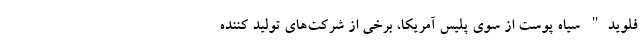
فلویدِ" سیاه پوست از سوی پلیس آمریکا، برخی از شرکت‌های تولید کننده